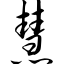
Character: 慧